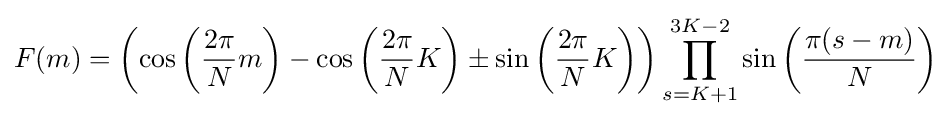
F(m)=\left(\cos \left({\frac {2\pi }{N}}m\right)-\cos \left({\frac {2\pi }{N}}K\right)\pm \sin \left({\frac {2\pi }{N}}K\right)\right)\prod _{s=K+1}^{3K-2}\sin \left({\frac {\pi (s-m)}{N}}\right)